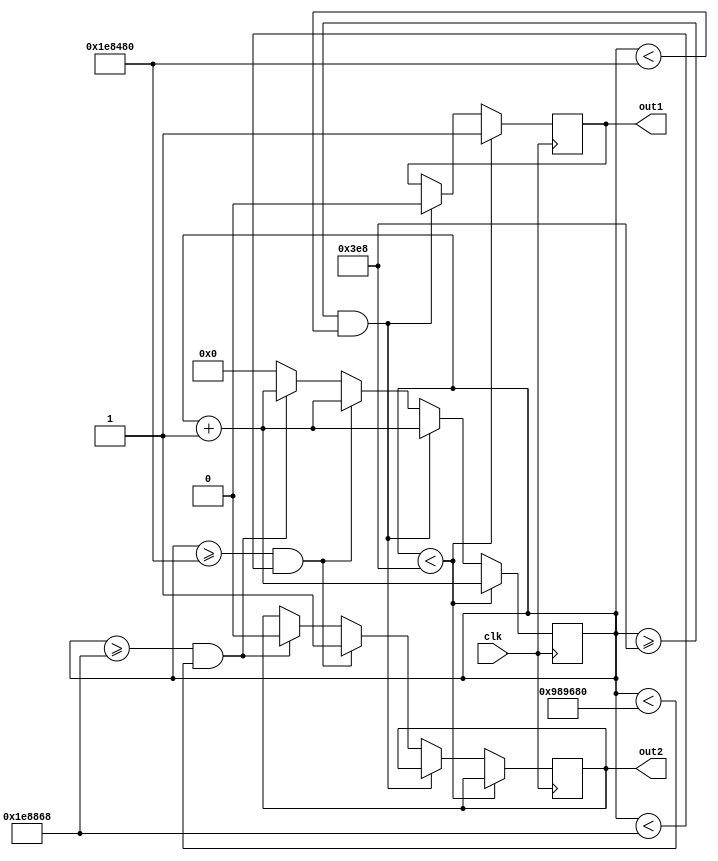
module trig(clk,out1,out2);
input clk;
output reg out1,out2;

reg [30:0]count;

initial 
begin 
out1<=0; 
out2<=0; 
count<=0;
end

always @(posedge clk)
begin
count<=count+1;
if(count<1000) begin 
	 out1<=1;
	 end
else if(count>=1000&&count<2000000) 
	 begin
	 out1<=0;
	 end
else if(count>=2000000&&count<2001000) begin
    out2<=1;
	 end
else if(count>=2001000&&count<10000000) out2<=0;
else begin
    count<=0;
	 end
end
endmodule